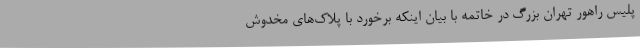
پلیس راهور تهران بزرگ در خاتمه با بیان اینکه برخورد با پلاک‌های مخدوش